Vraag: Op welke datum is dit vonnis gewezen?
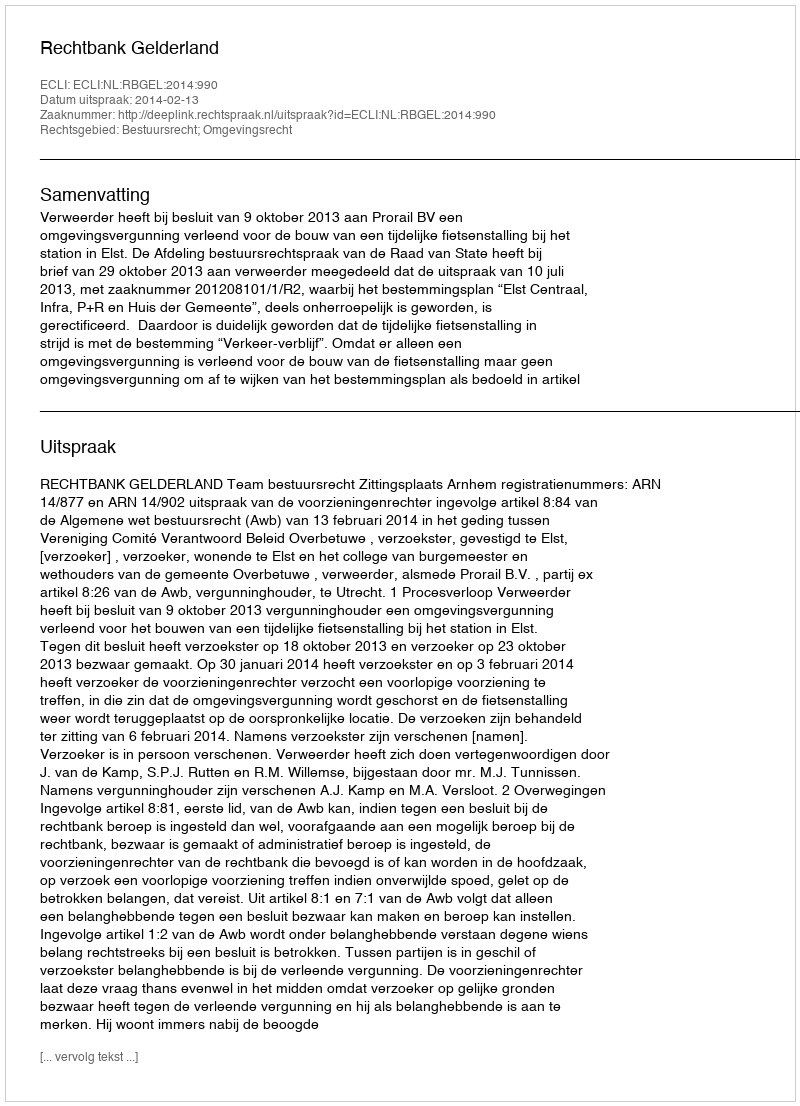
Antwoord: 2014-02-13